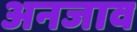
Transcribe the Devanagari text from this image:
अनजाव